Black-water fever - Number 35
Disease focus: Fever
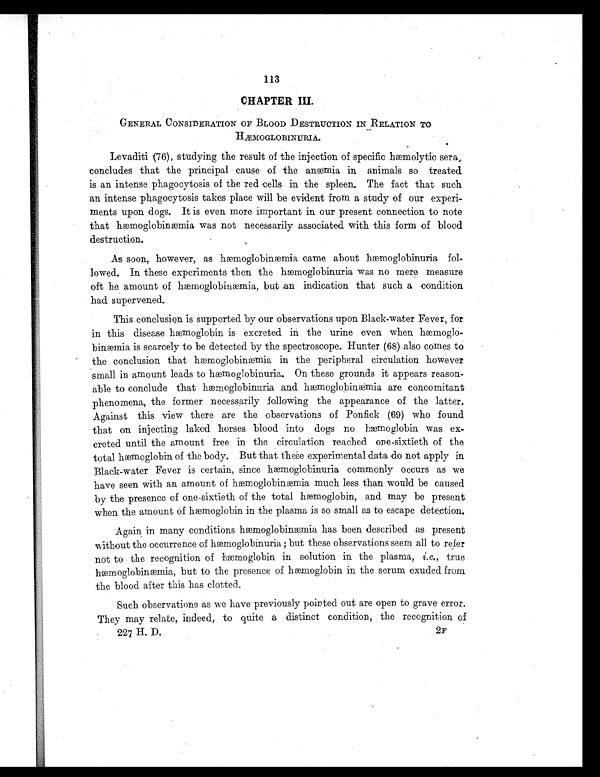
113
CHAPTER III.
GENERAL CONSIDERATION OF BLOOD DESTRUCTION IN RELATION TO
HÆMOGLOBINURIA.
Levaditi (76), studying the result of the injection of specific h aemolytic sera,
concludes that the principal cause of the anæmia in animals so treated
is an intense phagocytosis of the red cells in the spleen. The fact that such
an intense phagocytosis takes place will be evident from a study of our experi-
ments upon dogs. It is even more important in our present connection to note
that hæmoglobinæia was not necessarily associated with this form of blood
destruction.
As soon, however, as hæmoglobinæmia came about hæmoglobinuria fo
l - l o w e d . I n t h e s e e x p e r i m e n t s t h e n t h e h æ m o g l o b i n u r i a w a s n o m e r e m e a s u r e
oft he amount of hæmoglobinæmia, but an indication that such a condition
had supervened.
This conclusion is supported by our observations upon Black-water Fever, for
in this disease hæmoglobin is excreted in the urine even when hæmoglo-
binæmia is scarcely to be detected by the spectroscope. Hunter (68) also comes to
the conclusion that hæmoglobinæmia in the peripheral circulation however
small in amount leads to hæmoglobinuria. On these grounds it appears reason-
able to conclude that hæmoglobinuria and hæmoglobinæmia are concomitant
phenomena, the former necessarily following the appearance of the latter.
Against this view there are the observations of Ponfick (69) who found
that on injecting laked horses blood into dogs no hæmoglobin was ex-
creted until the amount free in the circulation reached one-sixtieth of the
total hæmoglobin of the body. But that these experimental data do not apply in
Black-water Fever is certain, since hæmoglobinuria commonly occurs as we
have seen with an amount of hæmoglobinæmia much less than would be caused
by the presence of one-sixtieth of the total hæmoglobin, and may be present
when the amount of hæmoglobin in the plasma is so small as to escape detection.
Again in many conditions hæmoglobinæmia has been described as present
without the occurrence of hæmoglobinuria ; but these observations seem all to refer
not to the recognition of hæmoglobin in solution in the plasma, i. e., true
hæmoglobinæmia, but to the presence of hæmoglobin in the serum exuded from
the blood after this has clotted.
Such observations as we have previously pointed out are open to grave error.
They may relate, indeed, to quite a distinct condition, the recognition of
227 H. D .
2F